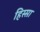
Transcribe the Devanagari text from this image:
हिस्सा